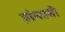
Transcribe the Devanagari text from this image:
प्रांन्तासी